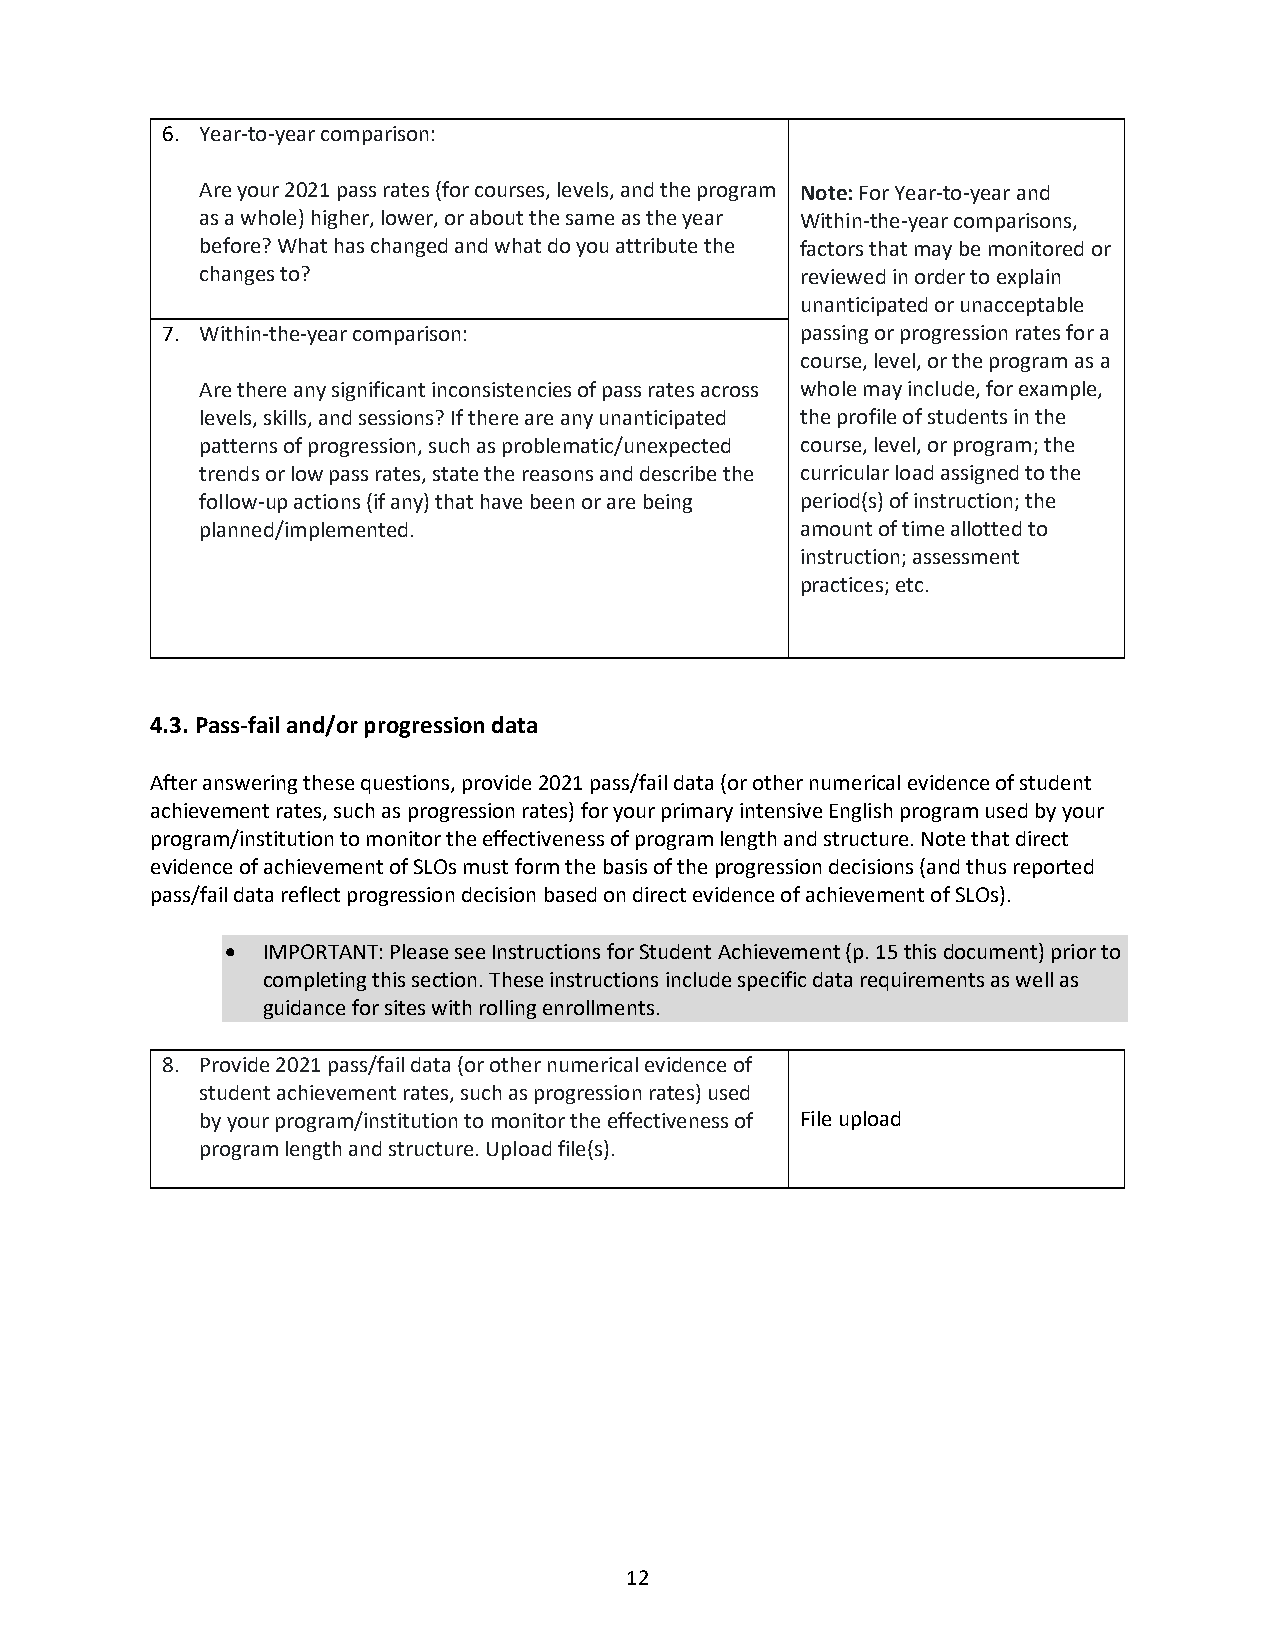
6. Year-to-year comparison:
 Are your 2021 pass rates (for courses, levels, and the program Note: For Year-to-year and
 as a whole) higher, lower, or about the same as the year Within-the-year comparisons,
 before? What has changed and what do you attribute the factors that may be monitored or
 changes to?                             reviewed in order to explain
 unanticipated or unacceptable
 7. Within-the-year comparison:            passing or progression rates for a
 course, level, or the program as a
 Are there any significant inconsistencies of pass rates across whole may include, for example,
 levels, skills, and sessions? If there are any unanticipated the profile of students in the
 patterns of progression, such as problematic/unexpected course, level, or program; the
 trends or low pass rates, state the reasons and describe the curricular load assigned to the
 follow-up actions (if any) that have been or are being period(s) of instruction; the
 planned/implemented.                    amount of time allotted to
 instruction; assessment
 practices; etc.
 4.3. Pass-fail and/or progression data
 After answering these questions, provide 2021 pass/fail data (or other numerical evidence of student
 achievement rates, such as progression rates) for your primary intensive English program used by your
 program/institution to monitor the effectiveness of program length and structure. Note that direct
 evidence of achievement of SLOs must form the basis of the progression decisions (and thus reported
 pass/fail data reflect progression decision based on direct evidence of achievement of SLOs).
 • IMPORTANT: Please see Instructions for Student Achievement (p. 15 this document) prior to
 completing this section. These instructions include specific data requirements as well as
 guidance for sites with rolling enrollments.
 8. Provide 2021 pass/fail data (or other numerical evidence of
 student achievement rates, such as progression rates) used
 by your program/institution to monitor the effectiveness of File upload
 program length and structure. Upload file(s).
 12